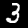
Label: 3